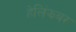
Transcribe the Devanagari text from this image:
हेलिंझबर